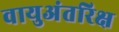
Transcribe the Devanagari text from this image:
वायुअंतरिक्ष